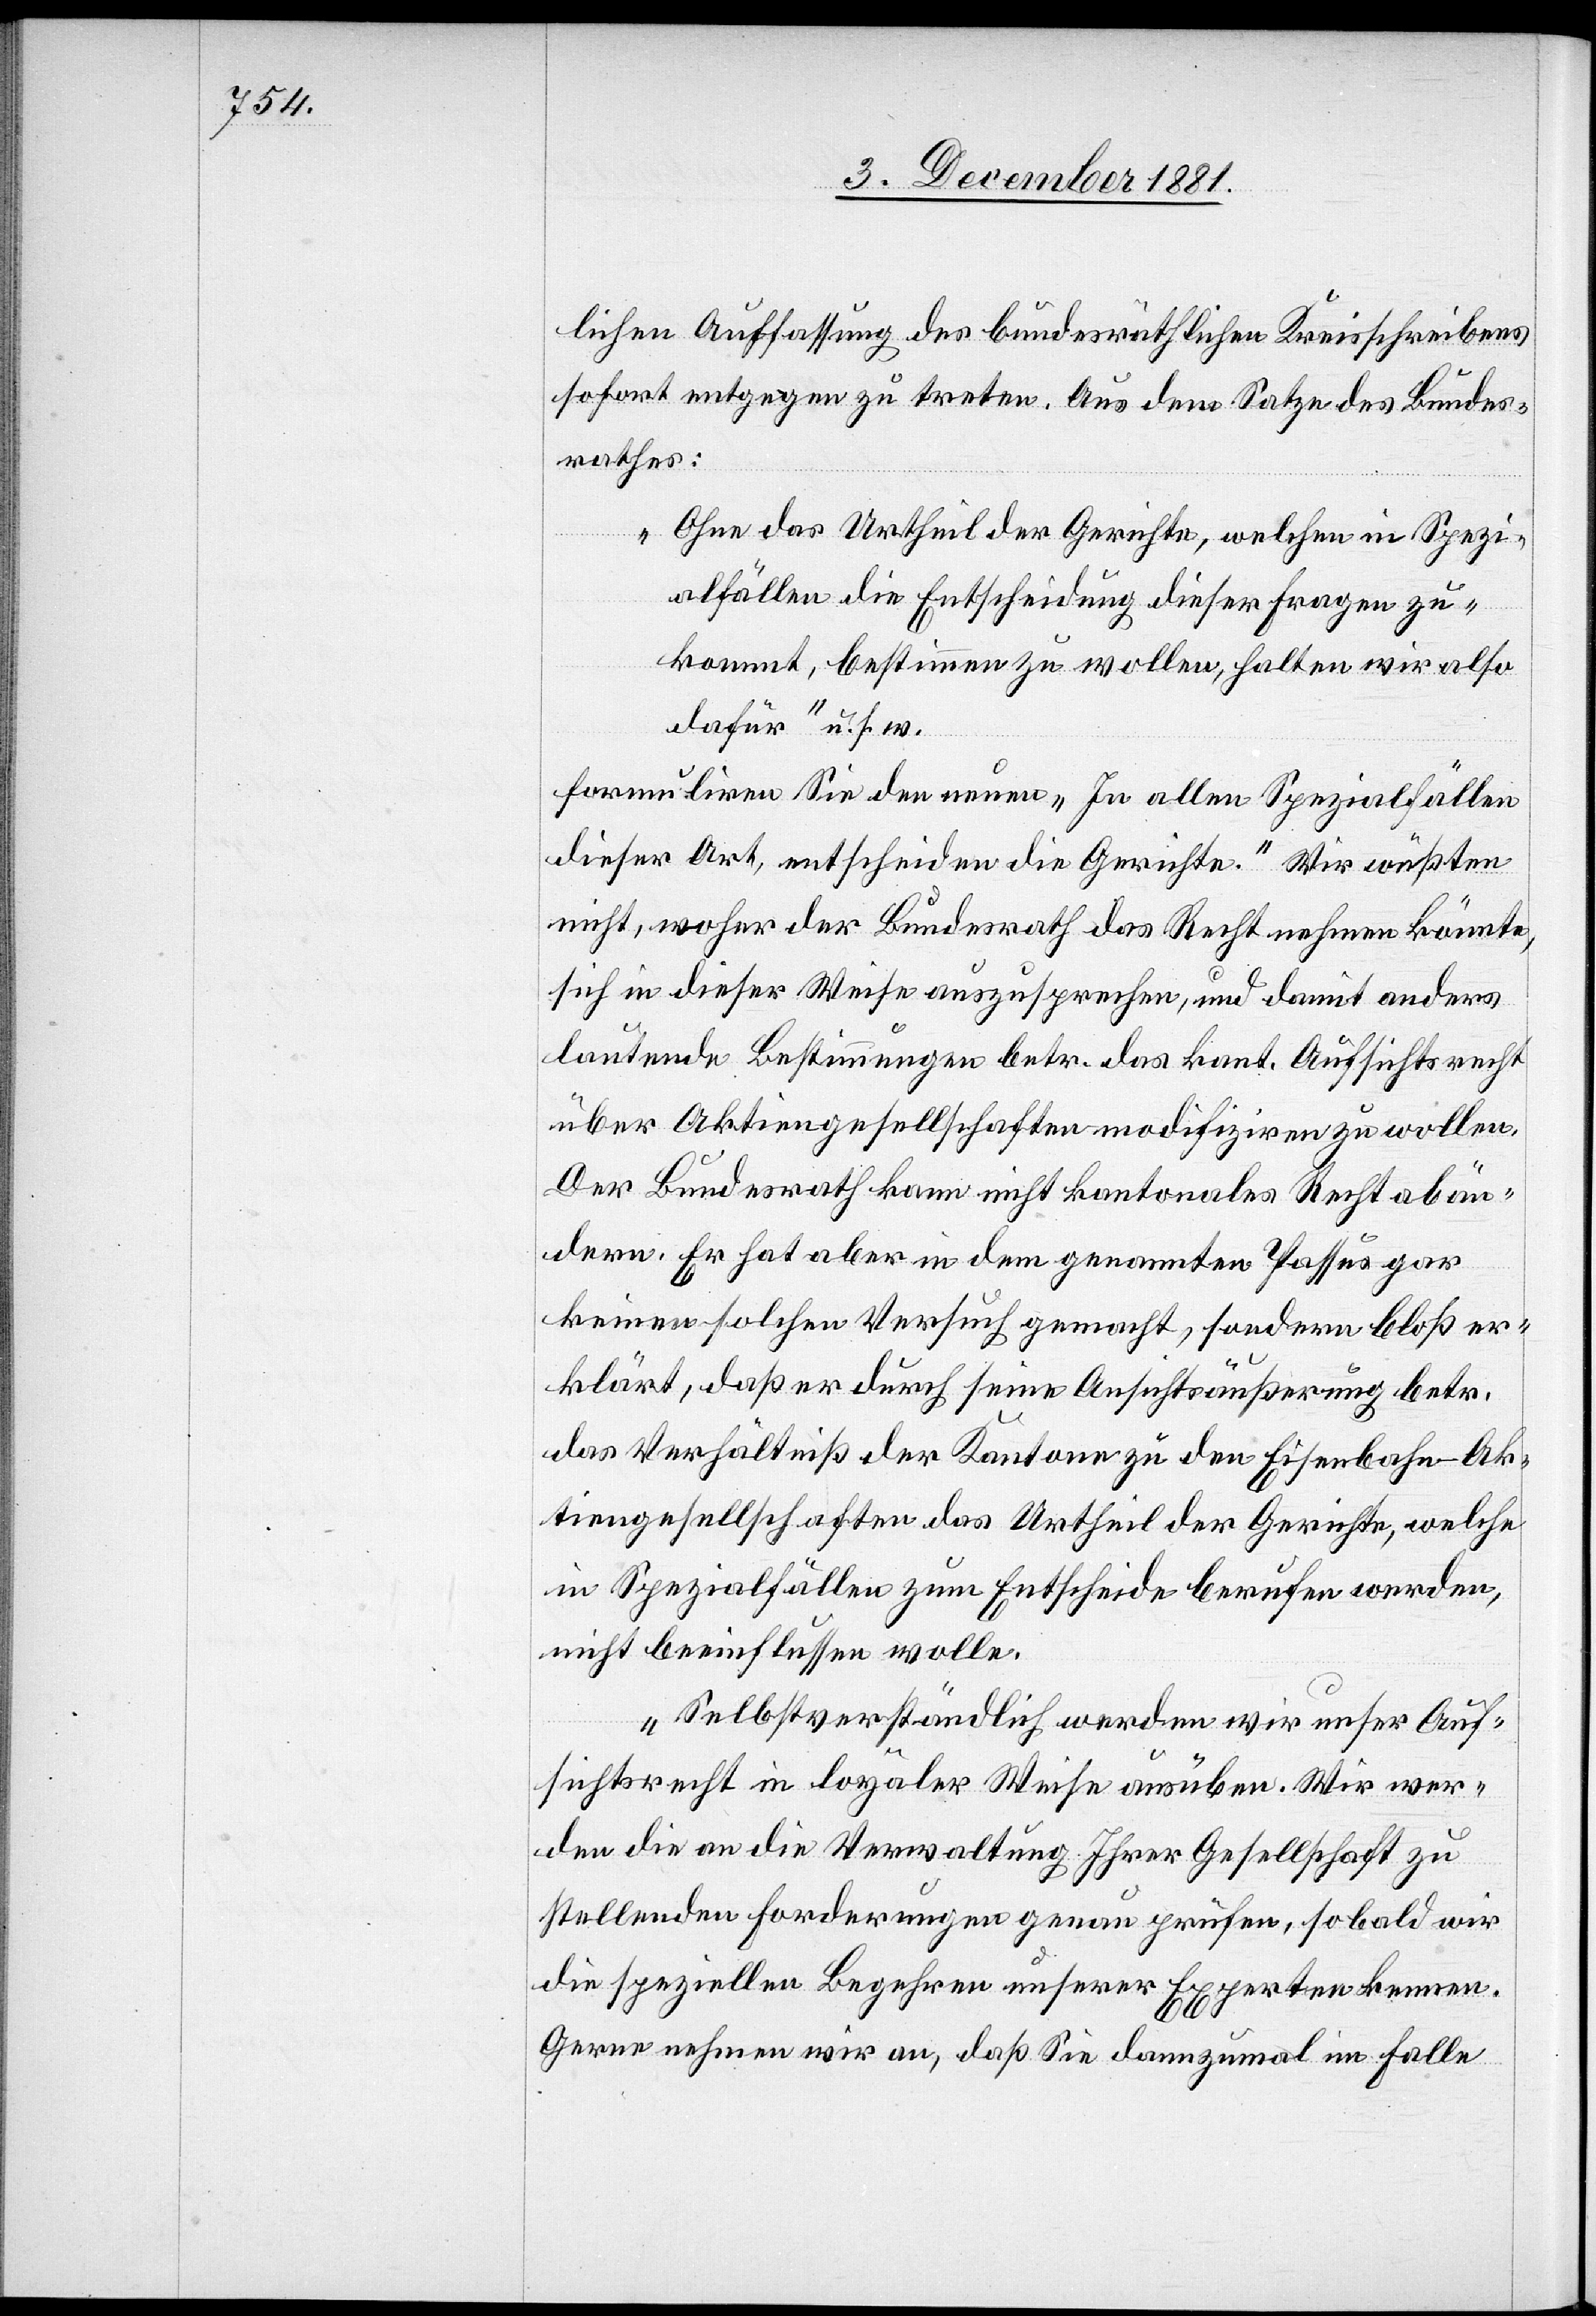
lichen Auffassung des bundesräthlichen Kreisschreibens
sofort entgegen zu treten. Aus dem Satze des Bundes¬
rathes:
„Ohne das Urtheil der Gerichte, welchen in Spezi¬
alfällen die Entscheidung dieser Fragen zu¬
kommt, bestimmen zu wollen, halten wir also
dafür“ u. s. w.
formulieren Sie den neuen „In allen Spezialfällen
dieser Art, entscheiden die Gerichte.“ Wir wüßten
nicht, woher der Bundesrath das Recht nehmen könnte,
sich in dieser Weise auszusprechen, und damit anders
lautende Bestimmungen betr. das kant. Aufsichtsrecht
über Aktiengesellschaften modifiziren zu wollen.
Der Bundesrath kann nicht kantonales Recht abän¬
dern. Er hat aber in dem genannten Passus gar
keinen solchen Versuch gemacht, sondern bloß er¬
klärt, daß er durch seine Ansichtsäußerung betr.
das Verhältniß der Kanone zu den Eisenbahn-Ak¬
tiengesellschaften das Urtheil der Gerichte, welche
in Spezialfällen zum Entscheide berufen werden,
nicht beeinflussen wolle.
Selbstverständlich werden wir unser Auf¬
sichtsrecht in loyaler Weise ausüben. Wir wer¬
den die an die Verwaltung Ihrer Gesellschaft zu
stellenden Forderungen genau prüfen, sobald wir
die speziellen Begehren unserer Experten kennen.
Gerne nehmen wir an, daß Sie dannzumal im Falle